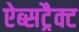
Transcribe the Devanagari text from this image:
ऐब्सट्रैक्ट